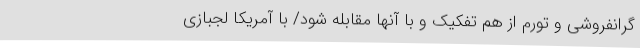
گرانفروشی و تورم از هم تفکیک و با آنها مقابله شود/ با آمریکا لجبازی